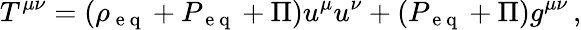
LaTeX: T^{\mu\nu}=(\rho_{\mathrm{~e~q~}}+P_{\mathrm{~e~q~}}+\Pi)u^{\mu}u^{\nu}+(P_{\mathrm{~e~q~}}+\Pi)g^{\mu\nu}\, ,